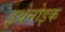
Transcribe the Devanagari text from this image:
इथेनोइक